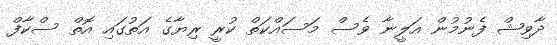
ދާވިޝް ފެނުމުން އަލީނާ ވެސް މަސައްކަތް ކުރީ ރިޔާގެ އަތުގައި އޮތް ސްކާފް